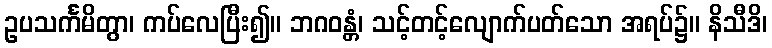
ဥပသင်္ကမိတွာ၊ ကပ်လေပြီး၍။ ဘဂဝန္တံ၊ သင့်တင့်လျောက်ပတ်သော အရပ်၌။ နိသီဒိ၊